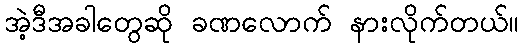
အဲ့ဒီအခါတွေဆို ခဏလောက် နားလိုက်တယ်။